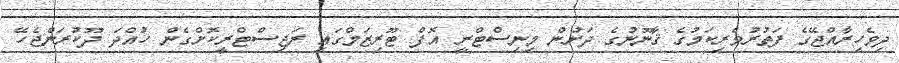
ދިވެހިރާއްޖޭގެ ފަތުރުވެރިކަމުގެ ޤާނޫނުގެ ދަށުން މިނިސްޓްރީ އޮފް ޓޫރިޒަމްގައި ރަޖިސްޓްރީކޮށްގެން ހުއްދަ ދޫކުރަންޖެހޭ